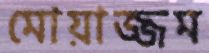
মোয়াজ্জম